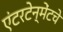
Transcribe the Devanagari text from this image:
एंटरटेन्मेंटचे